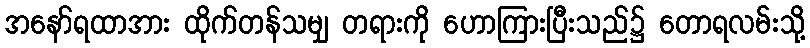
အနော်ရထာအား ထိုက်တန်သမျှ တရားကို ဟောကြားပြီးသည်၌ တောရလမ်းသို့